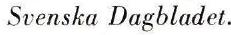
 Svenska Dagbladet.